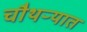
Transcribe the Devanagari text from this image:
चौथऱ्यात